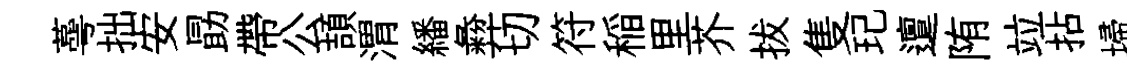
蕚拙安勗帶公頡渭繙彜切符稲里芥拔隻玘邅陏竝拈埽